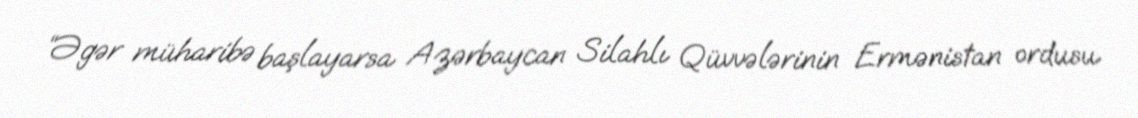
“Əgər müharibə başlayarsa Azərbaycan Silahlı Qüvvələrinin Ermənistan ordusu